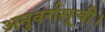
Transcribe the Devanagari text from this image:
अनुवर्गसूची।